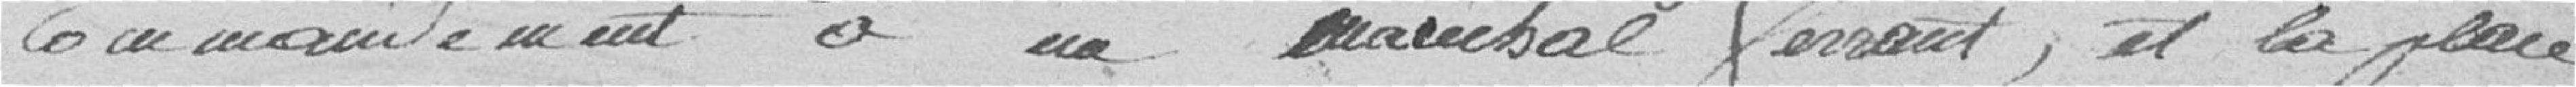
commandement à un maréchéal ferrant , et la place